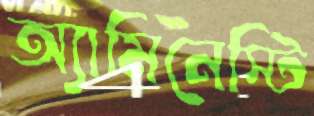
অ্যামিনেস্টি